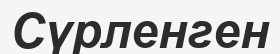
Сүрленген